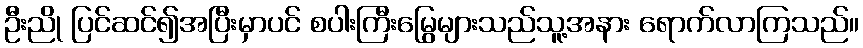
ဦးညို ပြင်ဆင်၍အပြီးမှာပင် စပါးကြီးမြွေများသည်သူ့အနား ရောက်လာကြသည်။